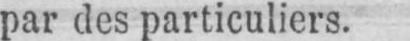
par des particuliers.